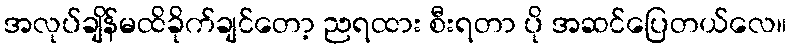
အလုပ်ချိန်မထိခိုက်ချင်တော့ ညရထား စီးရတာ ပို အဆင်ပြေတယ်လေ။